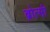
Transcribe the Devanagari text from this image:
ब्रोत्सी